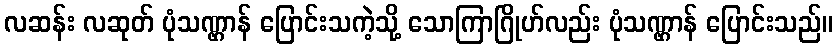
လဆန်း လဆုတ် ပုံသဏ္ဌာန် ပြောင်းသကဲ့သို့ သောကြာဂြိုဟ်လည်း ပုံသဏ္ဌာန် ပြောင်းသည်။